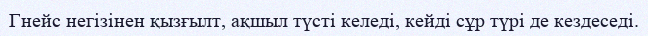
Гнейс негізінен қызғылт, ақшыл түсті келеді, кейді сұр түрі де кездеседі.